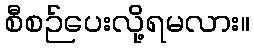
စီစဉ်ပေးလို့ရမလား။